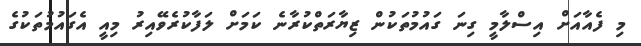
މި ފެއާއަށް އިސްލާމީ ގިނަ ގައުމުތަކުން ޒިޔާރަތްކުރާނެ ކަމަށް ލަފާކުރެވޭއިރު މިއީ އެގައުމުތަކުގެ